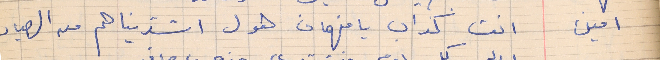
امين      انت كذاب يا فهمان هول اشتريناهم من الصياد